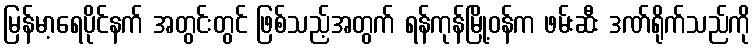
မြန်မာ့ရေပိုင်နက် အတွင်းတွင် ဖြစ်သည့်အတွက် ရန်ကုန်မြို့ဝန်က ဖမ်းဆီး ဒဏ်ရိုက်သည်ကို